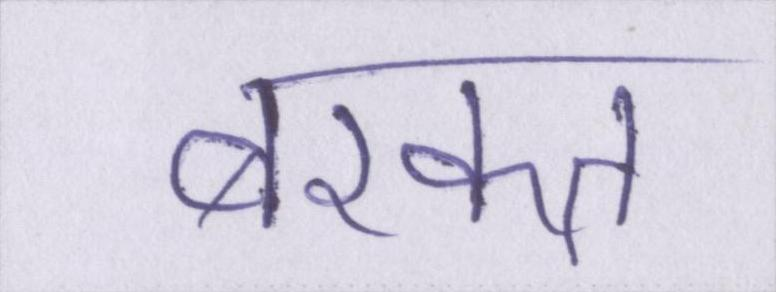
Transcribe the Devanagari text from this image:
बरकत